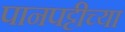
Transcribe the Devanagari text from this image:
पानपट्टीच्या